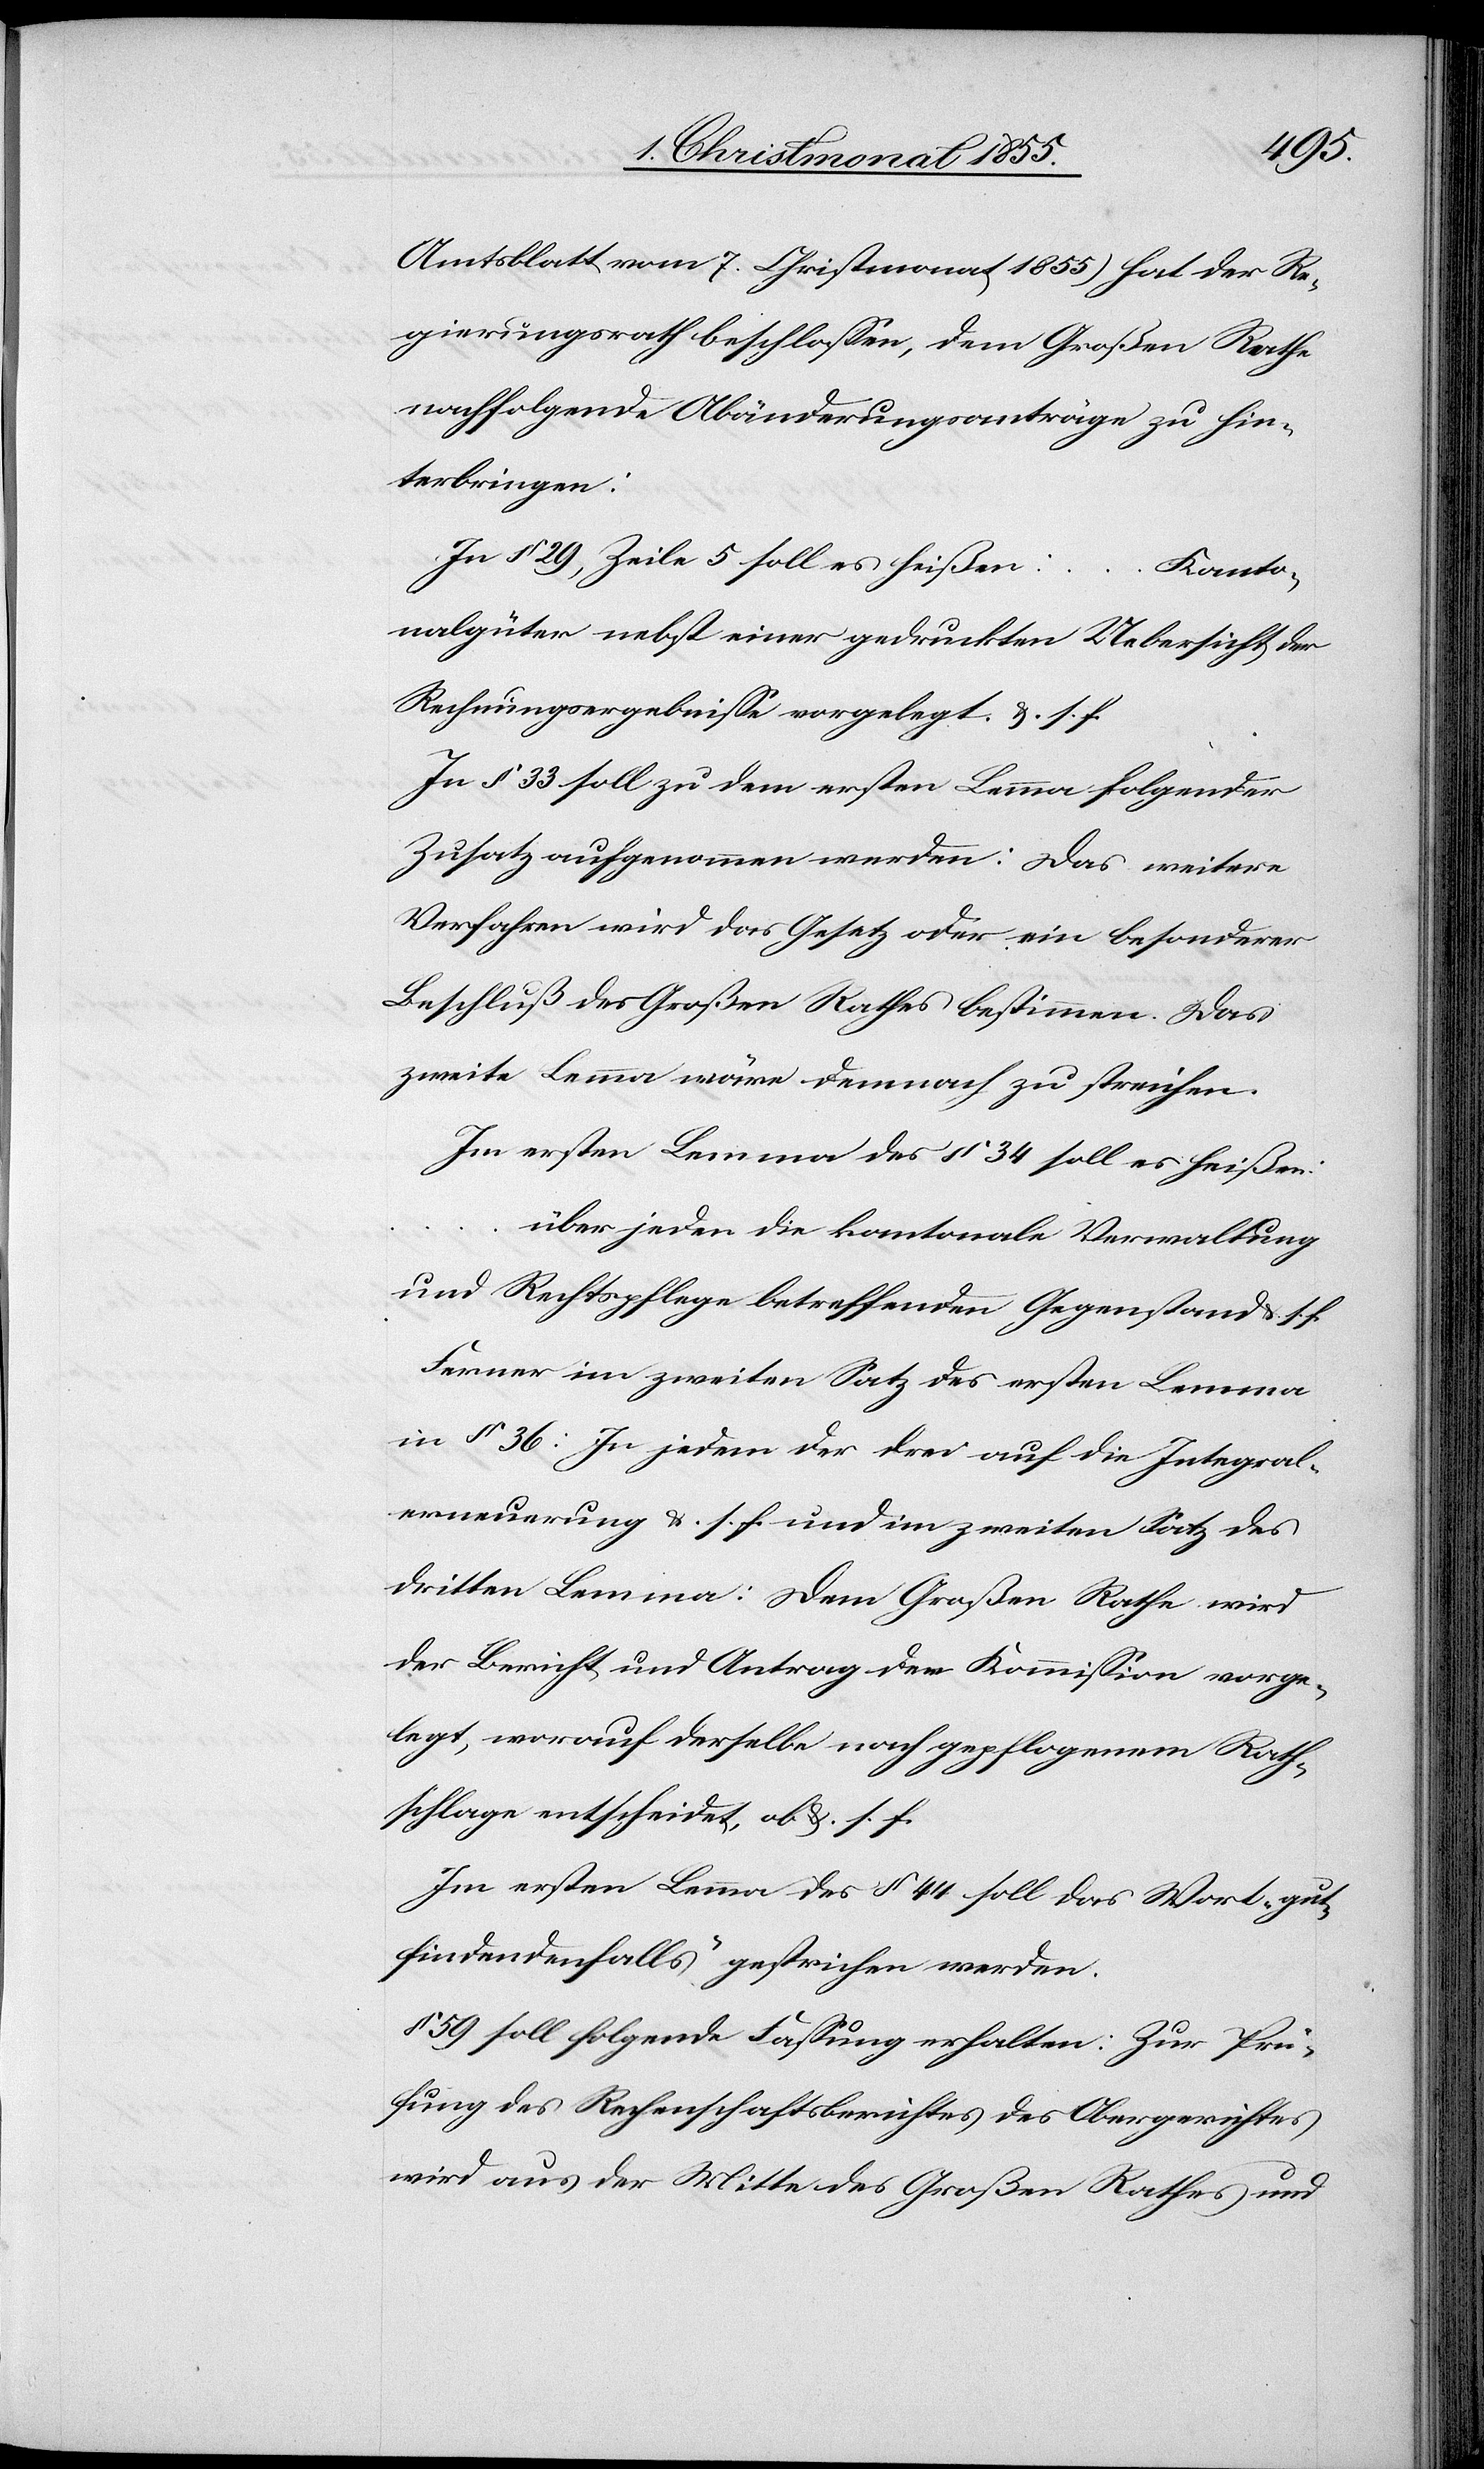
Amtsblatt vom 7. Christmonat 1855) hat der Re¬
gierungsrath beschlossen, dem Großen Rathe
nachfolgende Abänderungsanträge zu hin¬
terbringen:
In § 29, Zeile 5 soll es heißen: … Kanto¬
nalgüter nebst einer gedruckten Uebersicht der
Rechnungsergebnisse vorgelegt &. s. f.
In § 33 soll zu dem ersten Lemma folgender
Zusatz aufgenommen werden: Das weitere
Verfahren wird das Gesetz oder ein besonderer
Beschluß des Großen Rathes bestimmen. Das
zweite Lemma wäre demnach zu streichen.
Im ersten Lemma des § 34 soll es heißen:
über jeden die kantonale Verwaltung
und Rechtspflege betreffenden Gegenstand &. s. f.
Ferner im zweiten Satz des ersten Lemma
in § 36: In jedem der drei auf die Integral¬
erneuerung &. s. f. und im zweiten Satz des
dritten Lemma: Dem Großen Rathe wird
der Bericht und Antrag der Kommission vorge¬
legt, worauf derselbe nach gepflogenem Rath¬
schlage entscheidet, ob &. s. f.
Im ersten Lemma des § 44 soll das Wort „gut¬
findendenfalls“ gestrichen werden.
§ 59 soll folgende Fassung erhalten: Zur Prü¬
fung des Rechenschaftsberichtes des Obergerichtes
wird aus der Mitte des Großen Rathes und